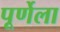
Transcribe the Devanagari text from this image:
पूर्णेला